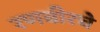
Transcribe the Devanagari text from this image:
रणबीरचे